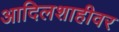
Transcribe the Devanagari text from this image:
आदिलशाहीवर